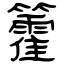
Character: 籗